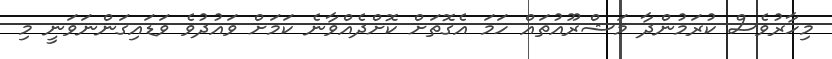
މިހާރުވެސް ކުރަމުންދާ މަޝްރޫއުތައް ހަމަ އެގޮތަށް ކޮށްދެއްވާނެ ކަމަށް ވައުދުވެ ވަޑައިގަންނަވަނީ މި